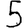
Digit: 5